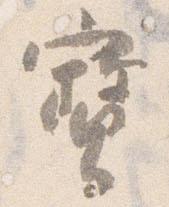
宝